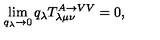
\lim _ { q _ { \lambda } \rightarrow 0 } q _ { \lambda } T _ { \lambda \mu \nu } ^ { A \rightarrow V V } = 0 ,